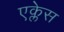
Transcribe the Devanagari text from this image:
एक्लेस